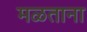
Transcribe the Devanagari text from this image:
मळताना